Annual administration report of the Civil Veterinary Department of India - 1895-1896
Year: 1895
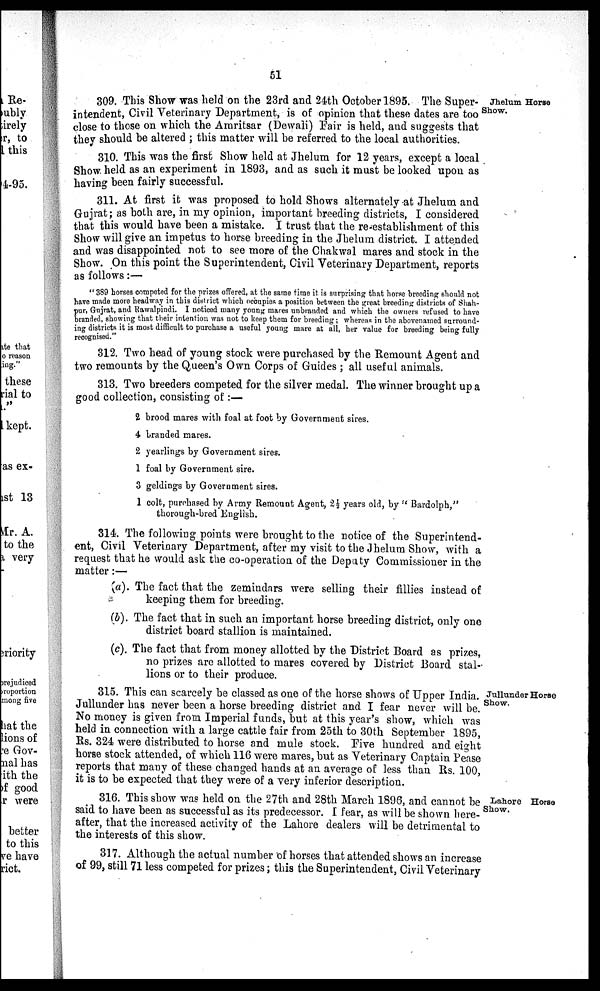
51
Jhelum Horse
Show.
309. This Show was held on the 23rd and 24th October 1895. The Super-
intendent, Civil Veterinary Department, is of opinion that these dates are too
close to those on which the Amritsar (Dewali) Fair is held, and suggests that
they should be altered; this matter will be referred to the local authorities.
310. This was the first Show held at Jhelum for 12 years, except a local
Show held as an experiment in 1893, and as such it must be looked upon as
having been fairly successful.
311. At first it was proposed to hold Shows alternately at Jhelum and
Gujrat; as both are, in my opinion, important breeding districts, I considered
that this would have been a mistake. I trust that the re-establishment of this
Show will give an impetus to horse breeding in the Jhelum district. I attended
and was disappointed not to see more of the Chakwal mares and stock in the
Show. On this point the Superintendent, Civil Veterinary Department, reports
as follows:—
"389 horses competed for the prizes offered, at the same time it is surprising that horse breeding should not
have made more headway in this district which occupies a position between the great breeding districts of Shah-
pur, Gujrat, and Rawalpindi. I noticed many young mares unbranded and which the owners refused to have
branded, showing that their intention was not to keep them for breeding; whereas in the abovenamed surround-
ing districts it is most difficult to purchase a useful young mare at all, her value for breeding being fully
recognised."
312. Two head of young stock were purchased by the Remount Agent and
two remounts by the Queen's Own Corps of Guides; all useful animals.
313. Two breeders competed for the silver medal. The winner brought up a
good collection, consisting of:—
2 brood mares with foal at foot by Government sires.
4 branded mares.
2 yearlings by Government sires.
1 foal by Government sire.
3 geldings by Government sires.
1 colt, purchased by Army Remount Agent, 2½ years old, by "Bardolph,"
thorough-bred English.
314. The following points were brought to the notice of the Superintend-
ent, Civil Veterinary Department, after my visit to the Jhelum Show, with a
request that he would ask the co-operation of the Deputy Commissioner in the
matter:—
(a). The fact that the zemindars were selling their fillies instead of
keeping them for breeding.
(b). The fact that in such an important horse breeding district, only one
district board stallion is maintained.
(c). The fact that from money allotted by the District Board as prizes,
no prizes are allotted to mares covered by District Board stal-
lions or to their produce.
Jullunder Horse
Show.
315. This can scarcely be classed as one of the horse shows of Upper India.
Jullunder has never been a horse breeding district and I fear never will be.
No money is given from Imperial funds, but at this year's show, which was
held in connection with a large cattle fair from 25th to 30th September 1895,
Rs. 324 were distributed to horse and mule stock. Five hundred and eight
horse stock attended, of which 116 were mares, but as Veterinary Captain Pease
reports that many of these changed hands at an average of less than Rs. 100,
it is to be expected that they were of a very inferior description.
Lahore Horse
Show.
316. This show was held on the 27th and 28th March 1896, and cannot be
said to have been as successful as its predecessor. I fear, as will be shown here-
after, that the increased activity of the Lahore dealers will be detrimental to
the interests of this show.
317. Although the actual number of horses that attended shows an increase
of 99, still 71 less competed for prizes; this the Superintendent, Civil Veterinary